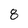
Character: 8